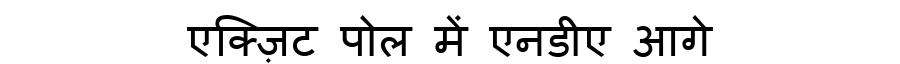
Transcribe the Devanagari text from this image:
एक्ज़िट पोल में एनडीए आगे